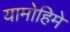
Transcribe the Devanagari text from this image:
यामोहिमे